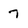
Character: 7